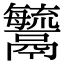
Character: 𩱢